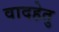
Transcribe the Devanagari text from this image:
वादहेतु